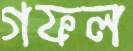
গফল